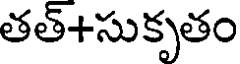
తత్+సుకృతం